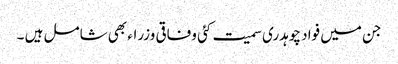
جن میں فواد چوہدری سمیت کئی وفاقی وزراء بھی شامل ہیں ۔